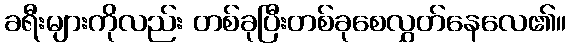
ခရီးများကိုလည်း တစ်ခုပြီးတစ်ခုစေလွှတ်နေလေ၏။